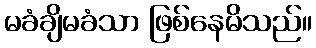
မခံချိမခံသာ ဖြစ်နေမိသည်။